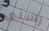
رستي